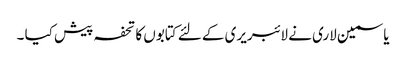
یاسمین لاری نے لائبریری کے لئے کتابوں کا تحفہ پیش کیا ۔